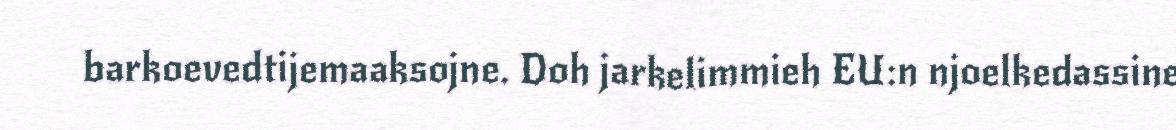
barkoevedtijemaaksojne. Doh jarkelimmieh EU:n njoelkedassine